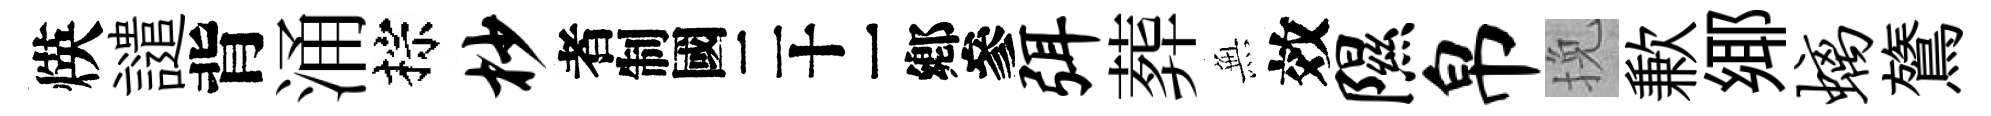
煐譴背涌棕杪识弭葬𭴾效隰帛挽歉鄊螭鷟